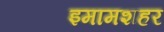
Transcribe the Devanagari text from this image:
इमामशहर